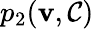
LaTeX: p_{2}(\mathbf{v},\mathcal{{C}})